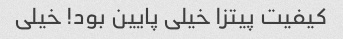
کیفیت پیتزا خیلی پایین بود! خیلی